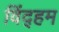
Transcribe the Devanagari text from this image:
विंद्हम